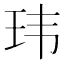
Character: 玮